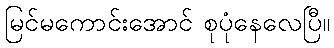
မြင်မကောင်းအောင် စုပုံနေလေပြီ။